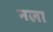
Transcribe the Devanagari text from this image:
नला